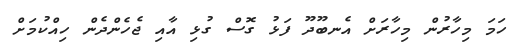
ހަމަ މިހާރުން މިހާރަށް އެނބޫދޫ ފަޅު ގޮސް ގުޅި އާއި ޖެހެންދެން ހިއްކުމަށް